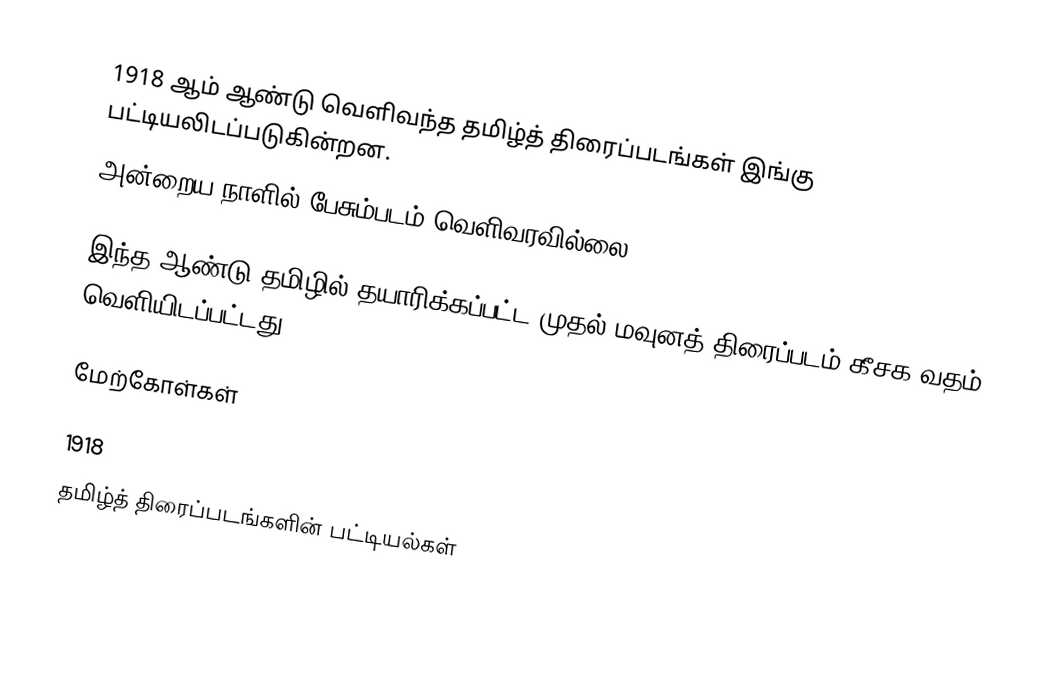
1918 ஆம் ஆண்டு வெளிவந்த தமிழ்த் திரைப்படங்கள் இங்கு பட்டியலிடப்படுகின்றன.
அன்றைய நாளில் பேசும்படம் வெளிவரவில்லை.

இந்த ஆண்டு தமிழில் தயாரிக்கப்பட்ட முதல் மவுனத் திரைப்படம்  கீசக வதம் வெளியிடப்பட்டது.

மேற்கோள்கள்

1918
தமிழ்த் திரைப்படங்களின் பட்டியல்கள்